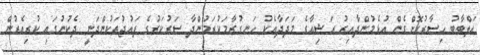
އަލްބާބު ހިސާރުކޮށްގެން އުޅެމުންދާއިރު ރަޝިއާގެ މަދަދާއެކު ހަނގުރާމަކުރަމުންދާ ސަރުކަރުގެ ފައުޖުތަކުންދަނީ ދެކުނުގައި ކުރިއެރުން